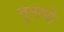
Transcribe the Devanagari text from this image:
तूनामी